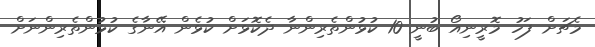
މެޗަށް ފަހު މޮރީނިއޯ ބުނީ 10 ކުޅުންތެރިންނާ ދެކޮޅަށް ކުޅެން އޭނާގެ ކުޅުންތެރިންނަށް